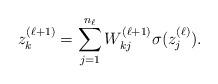
LaTeX: \begin{align*}z_k^{(\ell+1)} = \sum_{j=1}^{n_{\ell}}W_{kj}^{(\ell+1)}\sigma(z_{j}^{(\ell)}). \end{align*}